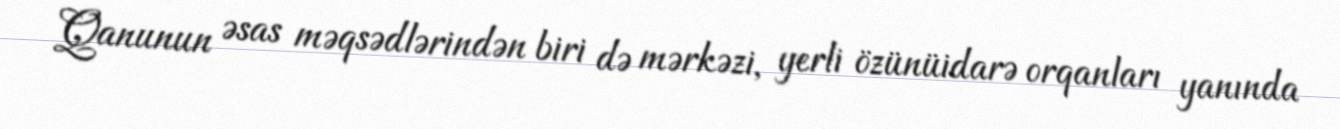
Qanunun əsas məqsədlərindən biri də mərkəzi, yerli özünüidarə orqanları yanında